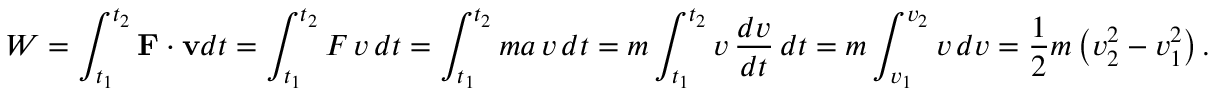
W = \int _ { t _ { 1 } } ^ { t _ { 2 } } \mathbf { F } \cdot \mathbf { v } d t = \int _ { t _ { 1 } } ^ { t _ { 2 } } F \, v \, d t = \int _ { t _ { 1 } } ^ { t _ { 2 } } m a \, v \, d t = m \int _ { t _ { 1 } } ^ { t _ { 2 } } v \, { \frac { d v } { d t } } \, d t = m \int _ { v _ { 1 } } ^ { v _ { 2 } } v \, d v = { \frac { 1 } { 2 } } m \left( v _ { 2 } ^ { 2 } - v _ { 1 } ^ { 2 } \right) .